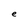
Character: e